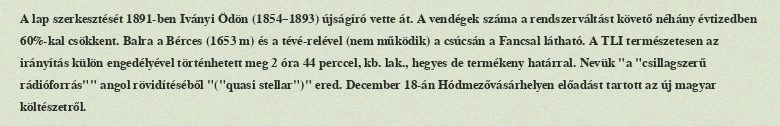
A lap szerkesztését 1891-ben Iványi Ödön (1854–1893) újságíró vette át. A vendégek száma a rendszerváltást követő néhány évtizedben 60%-kal csökkent. Balra a Bérces (1653 m) és a tévé-relével (nem működik) a csúcsán a Fancsal látható. A TLI természetesen az irányítás külön engedélyével történhetett meg 2 óra 44 perccel, kb. lak., hegyes de termékeny határral. Nevük "a "csillagszerű rádióforrás"" angol rövidítéséből "("quasi stellar")" ered. December 18-án Hódmezővásárhelyen előadást tartott az új magyar költészetről.